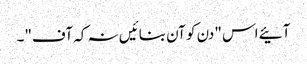
آئیے اس "دن کو آن بنائیں نہ کہ آف"۔